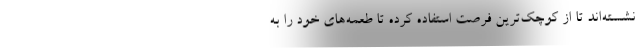
نشسته‌اند تا از کوچک‌ترین فرصت استفاده کرده تا طعمه‌های خود را به